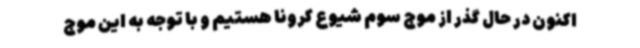
اکنون در حال گذر از موج سوم شیوع کرونا هستیم و با توجه به این موج